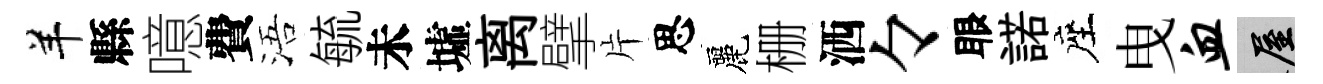
羊縣噫費浯毓未墟离擘片思麗栅洒々眼諾座曳血屋